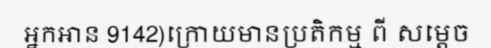
អ្នកអាន 9142)ក្រោយមានប្រតិកម្ម ពី សម្តេច